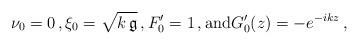
LaTeX: \begin{align*}\nu_0=0\,,\xi_0=\sqrt{k\, \mathfrak{g}}\,, F_0' = 1\,,{\rm and} G_0'(z)=-e^{-ikz}\,,\end{align*}